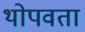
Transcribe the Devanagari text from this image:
थोपवता